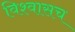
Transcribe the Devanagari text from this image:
विश्वासच